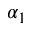
\alpha _ { 1 }